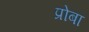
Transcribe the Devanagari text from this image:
प्रोबा